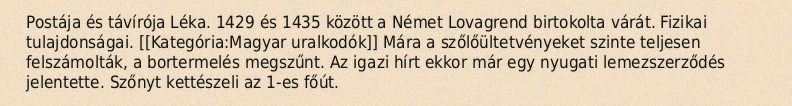
Postája és távírója Léka. 1429 és 1435 között a Német Lovagrend birtokolta várát. Fizikai tulajdonságai. [[Kategória:Magyar uralkodók]] Mára a szőlőültetvényeket szinte teljesen felszámolták, a bortermelés megszűnt. Az igazi hírt ekkor már egy nyugati lemezszerződés jelentette. Szőnyt kettészeli az 1-es főút.